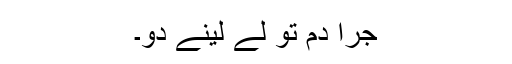
جرا دم تو لے لینے دو۔